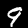
Label: 9